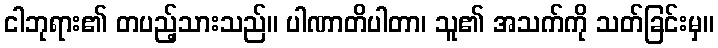
ငါဘုရား၏ တပည့်သားသည်။ ပါဏာတိပါတာ၊ သူ၏ အသက်ကို သတ်ခြင်းမှ။